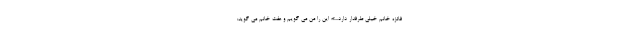
فائزه خانم خیلی طرفدار دارد...»؛ این را من می گویم و عفت خانم می گوید: